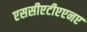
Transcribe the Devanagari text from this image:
एससीएटीएएनए